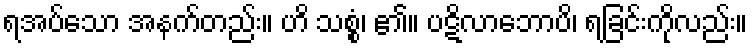
ရအပ်သော အနက်တည်း။ ဟိ သစ္စံ၊ ၏။ ပဋိလာဘောပိ၊ ရခြင်းကိုလည်း။